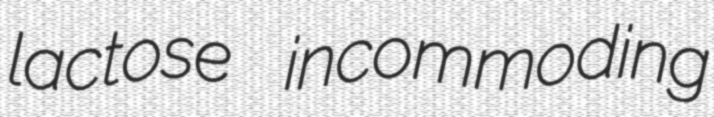
lactose incommoding